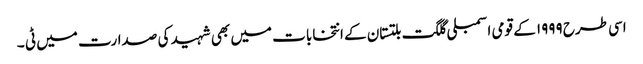
اسی طرح ۱۹۹۹ کے قومی اسمبلی گلگت بلتستان کے انتخابات میں بھی شہید کی صدارت میں ٹی ۔